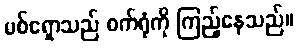
မစ်ရှောသည် စက်ရုံကို ကြည့်နေသည်။